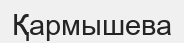
Қармышева